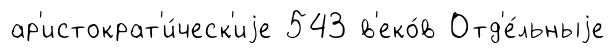
ар'истократ'и́ческ'иjе 543 в'еко́в Отд'е́льныjе